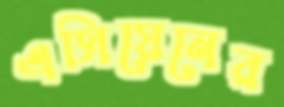
এসিয়েনের